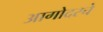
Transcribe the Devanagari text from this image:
आगोदरचे